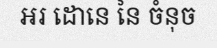
អរ ដោនេ នៃ ចំនុច